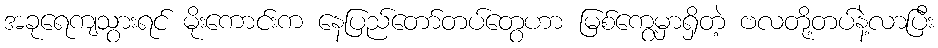
အခုရေကျသွားရင် မိုးကောင်းက နေပြည်တော်တပ်တွေဟာ မြစ်ကွေ့မှာရှိတဲ့ ဗလတို့တပ်နဲ့လာပြီး